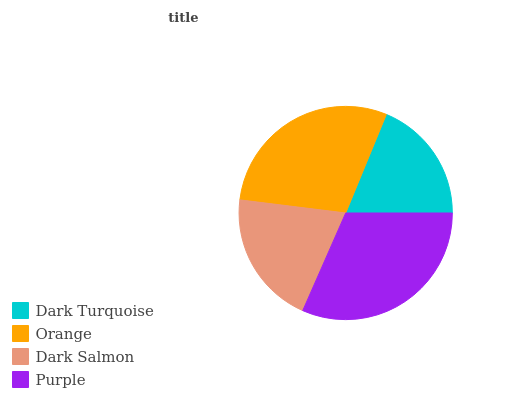
| Dark Turquoise | Orange | Dark Salmon | Purple |
 | --- | --- | --- | --- |
 | 18.8% | 29.3% | 20.3% | 31.6% |